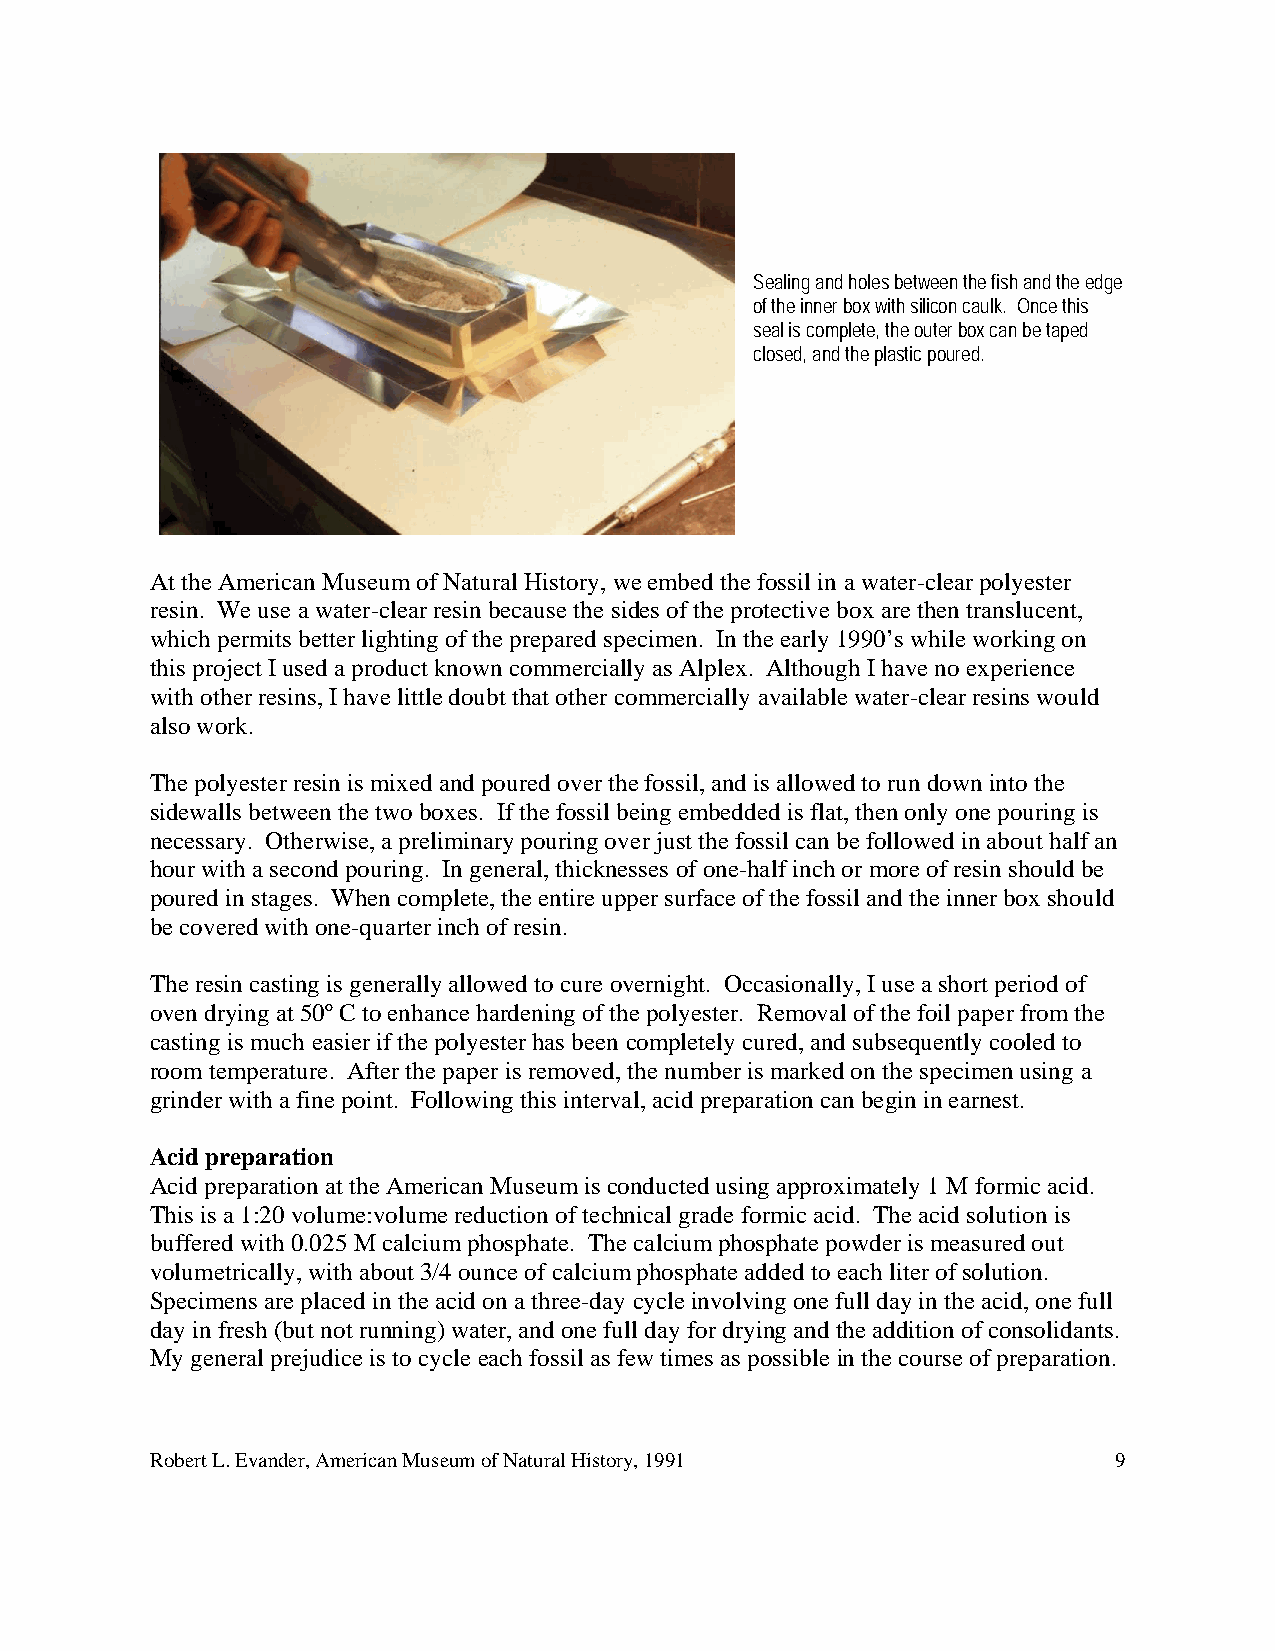
Sealing and holes between the fish and the edge
 of the inner box with silicon caulk. Once this
 seal is complete, the outer box can be taped
 closed, and the plastic poured.
 At the American Museum of Natural History, we embed the fossil in a water-clear polyester
 resin. We use a water-clear resin because the sides of the protective box are then translucent,
 which permits better lighting of the prepared specimen. In the early 1990’s while working on
 this project I used a product known commercially as Alplex. Although I have no experience
 with other resins, I have little doubt that other commercially available water-clear resins would
 also work.
 The polyester resin is mixed and poured over the fossil, and is allowed to run down into the
 sidewalls between the two boxes. If the fossil being embedded is flat, then only one pouring is
 necessary. Otherwise, a preliminary pouring over just the fossil can be followed in about half an
 hour with a second pouring. In general, thicknesses of one-half inch or more of resin should be
 poured in stages. When complete, the entire upper surface of the fossil and the inner box should
 be covered with one-quarter inch of resin.
 The resin casting is generally allowed to cure overnight. Occasionally, I use a short period of
 oven drying at 50º C to enhance hardening of the polyester. Removal of the foil paper from the
 casting is much easier if the polyester has been completely cured, and subsequently cooled to
 room temperature. After the paper is removed, the number is marked on the specimen using a
 grinder with a fine point. Following this interval, acid preparation can begin in earnest.
 Acid preparation
 Acid preparation at the American Museum is conducted using approximately 1 M formic acid.
 This is a 1:20 volume:volume reduction of technical grade formic acid. The acid solution is
 buffered with 0.025 M calcium phosphate. The calcium phosphate powder is measured out
 volumetrically, with about 3/4 ounce of calcium phosphate added to each liter of solution.
 Specimens are placed in the acid on a three-day cycle involving one full day in the acid, one full
 day in fresh (but not running) water, and one full day for drying and the addition of consolidants.
 My general prejudice is to cycle each fossil as few times as possible in the course of preparation.
 Robert L. Evander, American Museum of Natural History, 1991     9